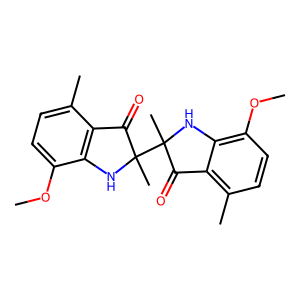
SMILES: COc1ccc(C)c2c1NC(C)(C1(C)Nc3c(OC)ccc(C)c3C1=O)C2=O
Inhibits HIV replication: No